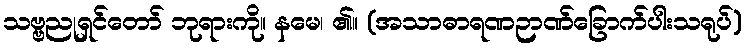
သဗ္ဗညုရှင်တော် ဘုရားကို။ နမေ၊ ၏။ (အသာဓာရဏဉာဏ်ခြောက်ပါးသရုပ်)